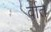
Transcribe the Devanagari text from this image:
र्वात